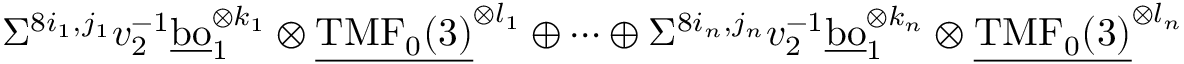
\Sigma ^ { 8 i _ { 1 } , j _ { 1 } } v _ { 2 } ^ { - 1 } \underline { { \mathrm { b o } } } _ { 1 } ^ { \otimes { k _ { 1 } } } \otimes \underline { { \mathrm { T M F } _ { 0 } ( 3 ) } } ^ { \otimes l _ { 1 } } \oplus \cdots \oplus \Sigma ^ { 8 i _ { n } , j _ { n } } v _ { 2 } ^ { - 1 } \underline { { \mathrm { b o } } } _ { 1 } ^ { \otimes { k _ { n } } } \otimes \underline { { \mathrm { T M F } _ { 0 } ( 3 ) } } ^ { \otimes l _ { n } }